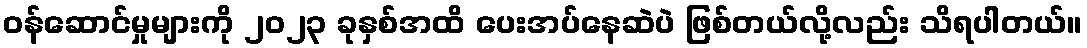
ဝန်ဆောင်မှုများကို ၂၀၂၃ ခုနှစ်အထိ ပေးအပ်နေဆဲပဲ ဖြစ်တယ်လို့လည်း သိရပါတယ်။